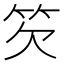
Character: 䇜